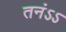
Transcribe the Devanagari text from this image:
तनंऽऽ